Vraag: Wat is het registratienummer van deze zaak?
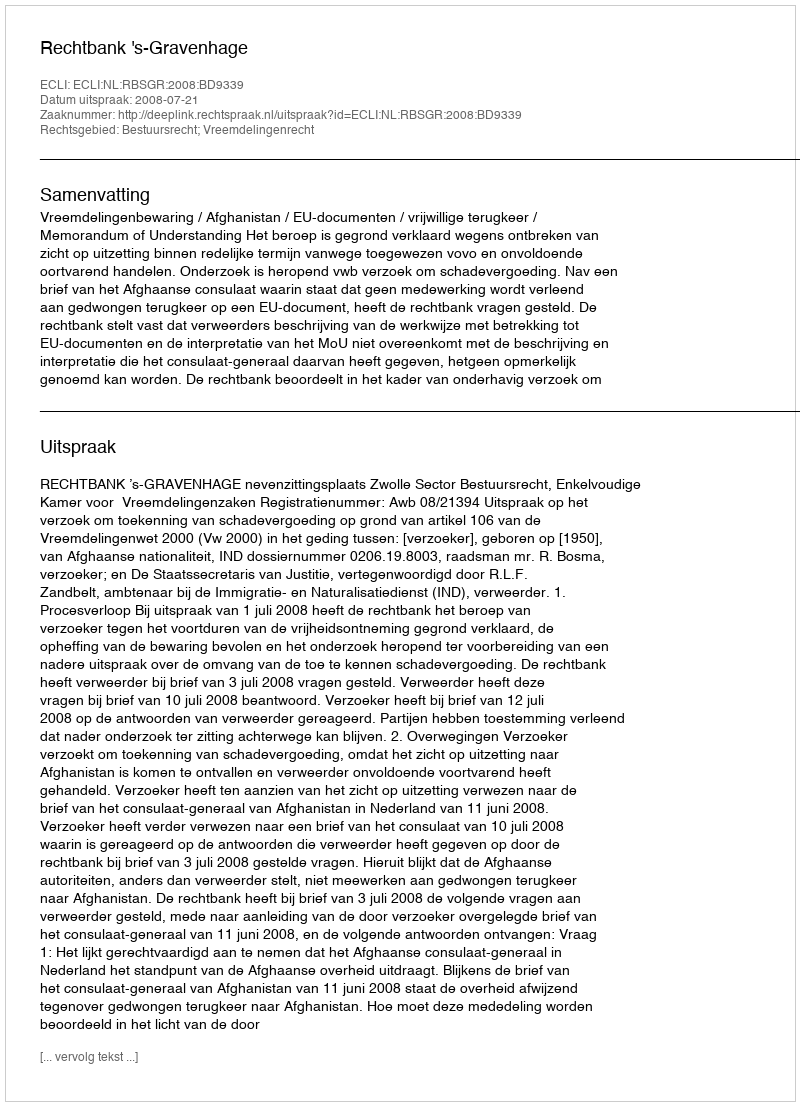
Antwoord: http://deeplink.rechtspraak.nl/uitspraak?id=ECLI:NL:RBSGR:2008:BD9339